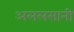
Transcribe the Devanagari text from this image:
अललसानी